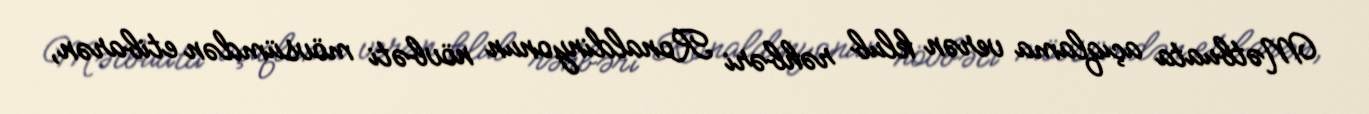
Mətbuata açıqlama verən klub rəhbəri Ronaldinyonun növbəti mövsümdən etibarən,